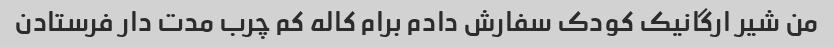
من شیر ارگانیک کودک سفارش دادم برام کاله کم چرب مدت دار فرستادن